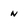
Character: n